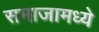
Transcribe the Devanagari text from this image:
समाजामध्‍ये